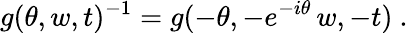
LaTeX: g(\theta,w,t)^{-1}=g(-\theta,-e^{-i\theta}\, w,-t)~.